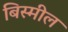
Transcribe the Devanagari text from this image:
बिस्मील